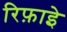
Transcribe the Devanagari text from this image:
रिफ़ाइे